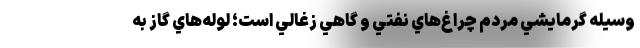
وسيله گرمايشي مردم چراغ‌هاي نفتي و گاهي زغالي است؛ لوله‌هاي گاز به